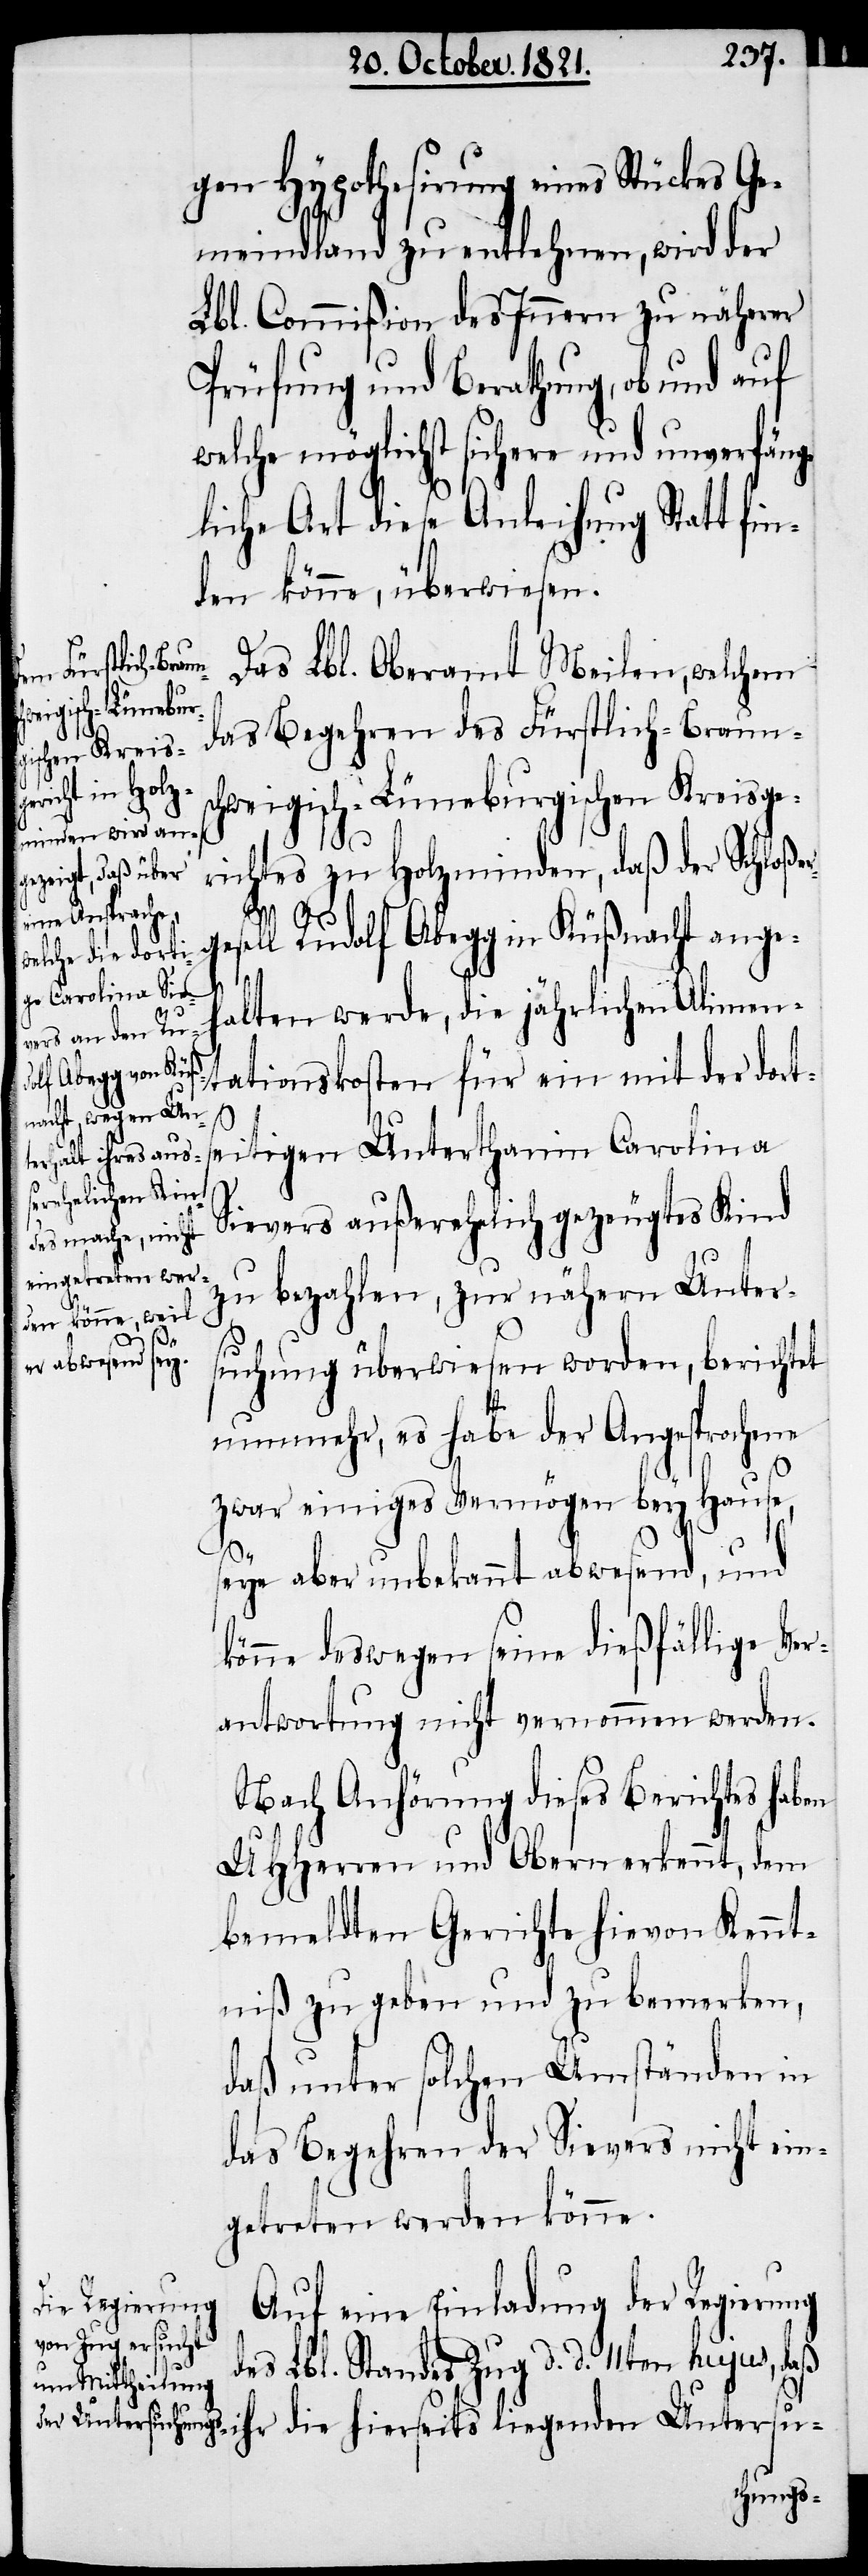
gen Hypothesirung eines Stückes Ge¬
meindland zu entlehnen, wird der
Lbl. Commißion des Innern zu näherer
Prüfung und Berathung, ob und auf
welche möglichst sichere und unverfäng¬
liche Art diese Anleihung Statt fin¬
den könne, überwiesen.
Das Lbl. Oberamt Meilen, welchem
hierseits liegenden
das Begehren des Fürstlich-Braunsc¬
hweigisch-Lüneburgischen Kreisge¬
richtes zu Holzminden, daß der Schloße¬
esell Rudolf Abegg in Küßnacht ange¬
halten werde, die jährlichen Alimen¬
tationskosten für ein mit der dort¬
d¬
seitigen Unterthanin Carolina
Sievers außerehelich gezeugtes Kind
zu bezahlen, zur nähern Unter¬
suchung überwiesen worden, berichtet
nunmehr, es habe der Angesprochene
zwar einiges Vermögen bey Hause,
seye aber unbekannt abwesend, und
könne deswegen seine dießfällige Ver¬
antwortung nicht vernommen werden.
Nach Anhörung dieses Berichts haben
UHHerren und Obern erkennt, dem
bemeldten Gerichte hievon Kennt¬
niß zu geben und zu bemerken,
daß unter solchen Umständen in
das Begehren der Sievers nicht ein¬
getreten werden könne.
Auf eine Einladung der Regierung
es Lbl. Standes Zug d. d. 11ten hujus, daß